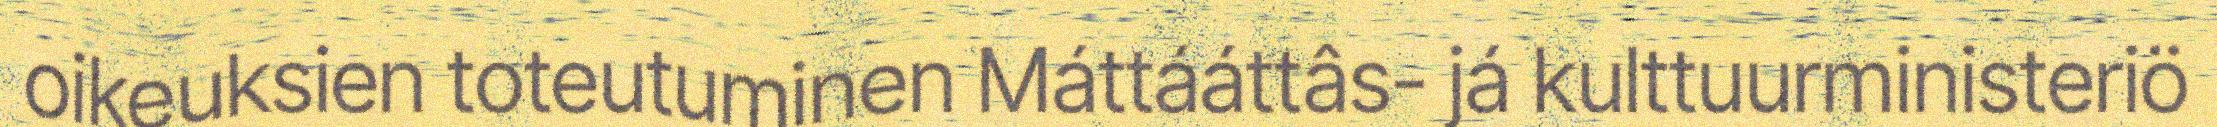
oikeuksien toteutuminen Máttááttâs- já kulttuurministeriö